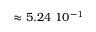
\approx 5 . 2 4 ~ 1 0 ^ { - 1 }